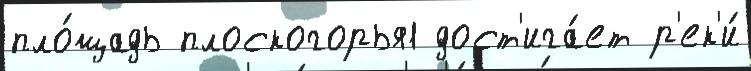
пло́щадь плоскогорья1 дост'ига́ет р'ек'и́